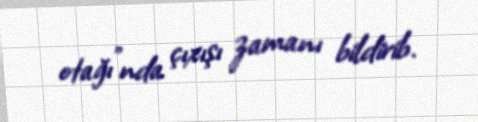
otağı"nda çıxışı zamanı bildirib.